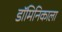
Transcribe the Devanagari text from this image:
डॉमिनिकाला